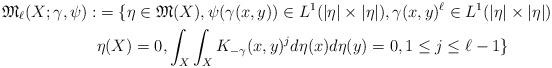
LaTeX: \begin{align*}\mathfrak{M}_{\ell}(X; \gamma, \psi):&= \{ \eta \in \mathfrak{M}(X), \psi(\gamma(x,y))\in L^{1}(|\eta|\times |\eta|) , \gamma(x,y)^{\ell} \in L^{1}(|\eta|\times |\eta|) \\& \eta(X)=0, \int_{X}\int_{X}K_{-\gamma}(x,y)^{j}d\eta(x)d\eta(y)=0, 1\leq j \leq \ell -1\}\end{align*}